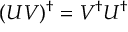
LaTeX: ( U V ) ^ { \dagger } = V ^ { \dagger } U ^ { \dagger }